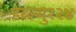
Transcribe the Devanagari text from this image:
डब्ल्यु१२४